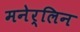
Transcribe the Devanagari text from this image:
मनेर्लिन